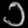
Digit: ၁